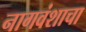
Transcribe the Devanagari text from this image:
नागवंशाचा